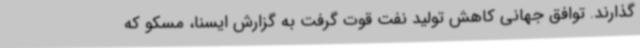
گذارند. توافق جهانی کاهش تولید نفت قوت گرفت به گزارش ایسنا، مسکو که